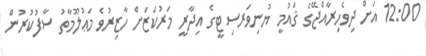
12:00 އަށް ދިވެހިރާއްޖޭގެ ޤައުމީ ޔުނިވަރސިޓީގެ އިދާރީ މަރުކަޒަށް ހާޒިރުވެ މަޢުލޫމާތު ސާފުކުރުން